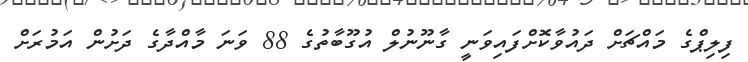
ފިލިޕްގެ މައްޗަށް ދައުވާކޮށްފައިވަނީ ގާނޫނުލް އުގޫބާތުގެ 88 ވަނަ މާއްދާގެ ދަށުން އަމުރަށް